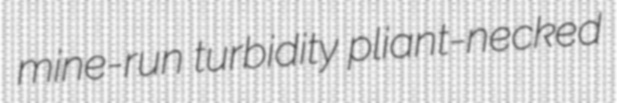
mine-run turbidity pliant-necked